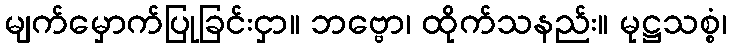
မျက်မှောက်ပြုခြင်းငှာ။ ဘဗ္ဗော၊ ထိုက်သနည်း။ မုဋ္ဌသစ္စံ၊